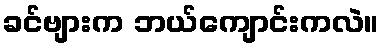
ခင်ဗျားက ဘယ်ကျောင်းကလဲ။